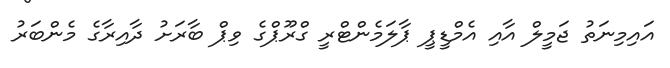
އައިމިނަތު ޖަމީލް އާއި އެމްޑީޕީ ޕާލަމެންޓްރީ ގްރޫޕްގެ ވިޕް ބާރަށު ދާއިރާގެ މެންބަރު